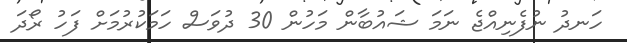
ހަނދު ނުފެނިއްޖެ ނަމަ ޝައުބާން މަހުން 30 ދުވަސް ހަމަކުރުމަށް ފަހު ރޯދަ